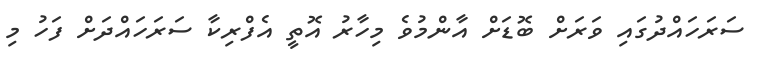
ސަރަހައްދުގައި ވަރަށް ބޮޑަށް އާންމުވެ މިހާރު އޮތީ އެފްރިކާ ސަރަހައްދަށް ފަހު މި